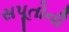
સપૂતોની